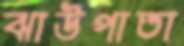
ঝাউপাতা